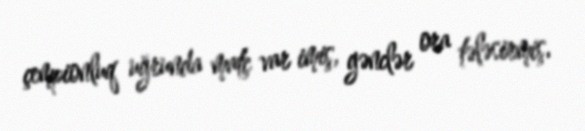
çempionluq uğrunda matç var imiş, gənclər ora tələsirmiş.